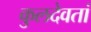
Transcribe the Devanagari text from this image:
कुलदेवतां